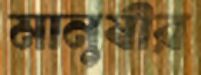
মানুষীর